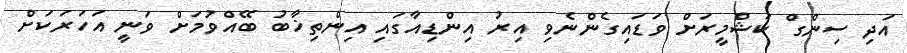
އަދި ސިންގް ކަޝްމީރަށް ވަޑައިގެންނެވި އިރު އިންޑިއާގައި އިންތިޚާބު ބޭއްވުމަށް ވަނީ އަހަރަކަށް